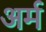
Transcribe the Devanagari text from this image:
अर्म